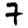
Digit: 7